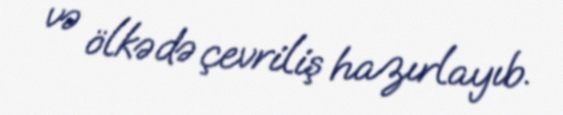
və ölkədə çevriliş hazırlayıb.